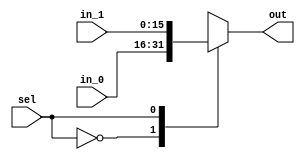
module mux_2_to_1 #(
    parameter integer LENGTH = 16
)(
    input  [LENGTH-1:0] in_0,
    input  [LENGTH-1:0] in_1,
    input  sel,
    output reg [LENGTH-1:0] out
);

always @(*) begin
    case(sel)
        1'b0:    out = in_0;
        1'b1:    out = in_1;
        default: out = in_0;
    endcase
end

endmodule